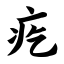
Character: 疙